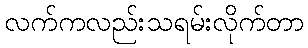
လက်ကလည်းသရမ်းလိုက်တာ